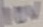
Text: 10V